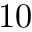
1 0